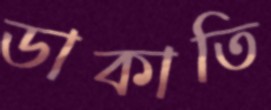
ডাকাতি